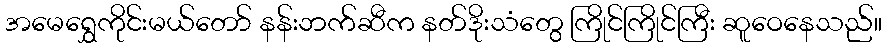
အမေရွှေကိုင်းမယ်တော် နန်းဘက်ဆီက နတ်ဒိုးသံတွေ ကြိုင်ကြိုင်ကြီး ဆူဝေနေသည်။